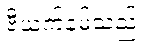
ဗီယက်နမ်သည်